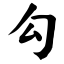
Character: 勾